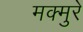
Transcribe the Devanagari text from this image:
मक्मुरे